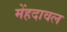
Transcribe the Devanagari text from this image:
मेंहदावल